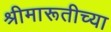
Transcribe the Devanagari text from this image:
श्रीमारूतीच्या